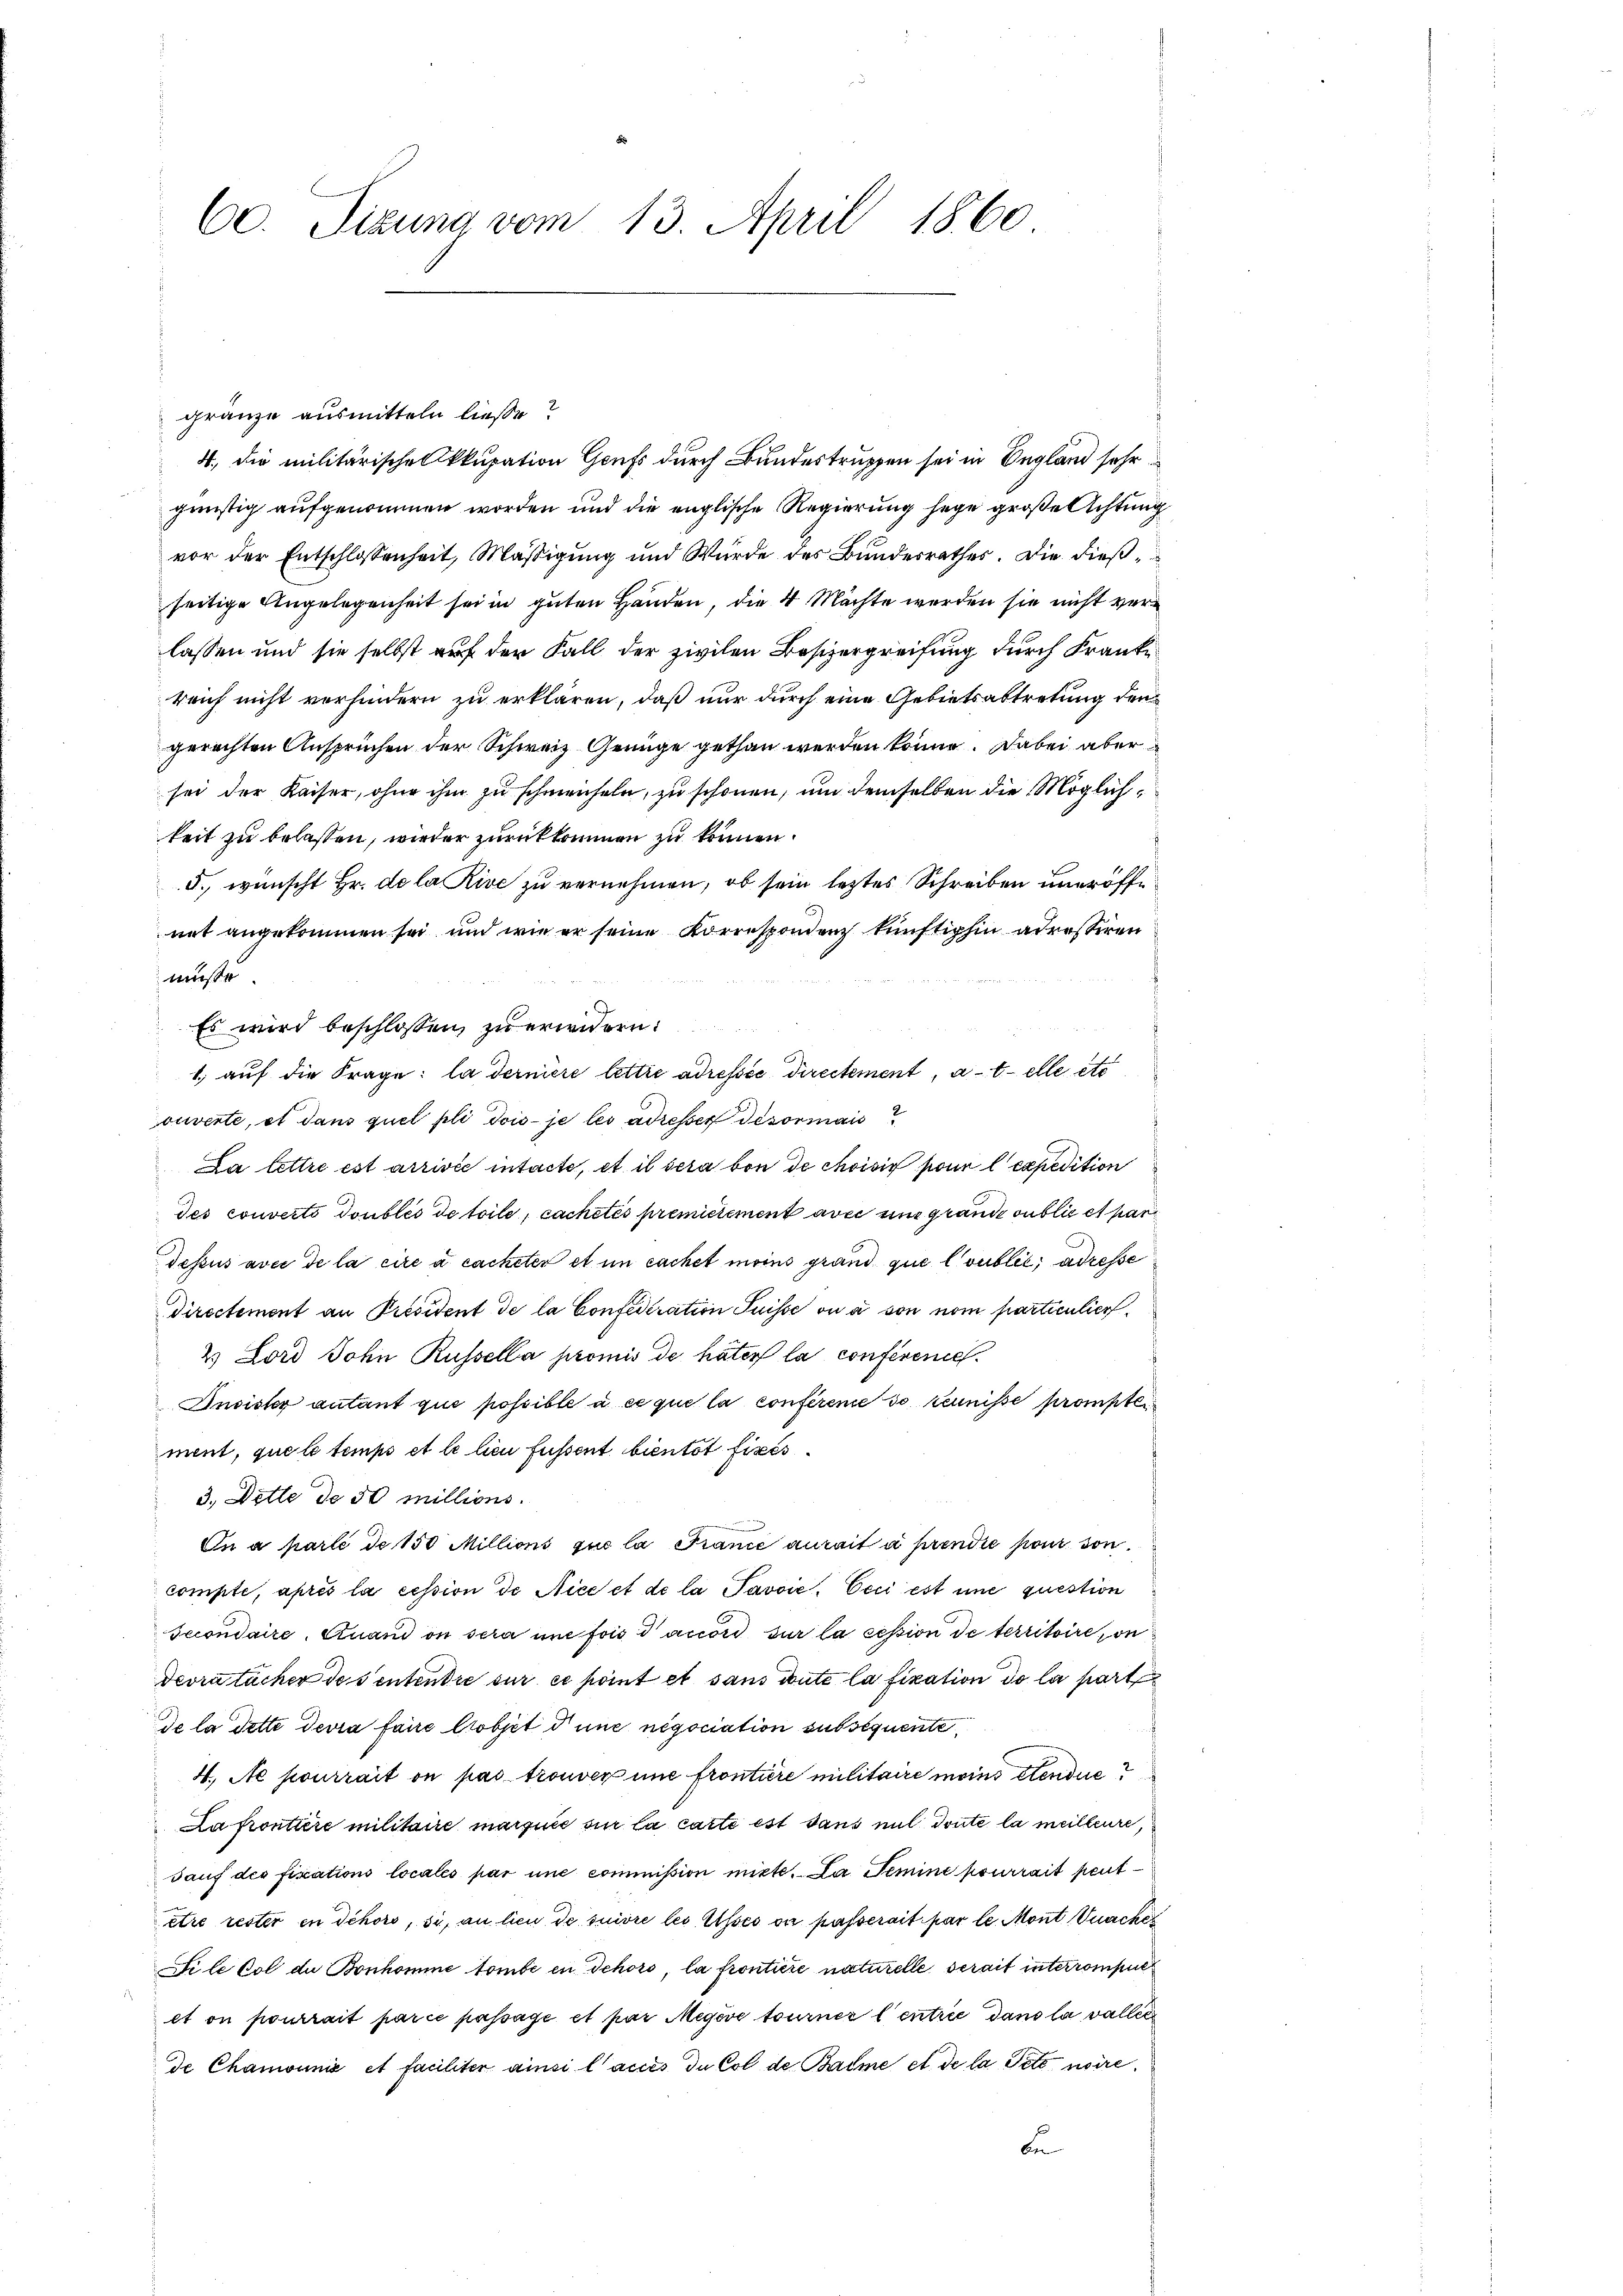
60. Sizung vom 13. April 1860

gränze ausmitteln ließe?
4., die militärische Okkupation Genf durch Bundestruppen sei in England sehr
günstig aufgenommen worden und die englische Regierung hege große Achtung
vor der Entschlossenheit, Mäßigung und Würde des Bundesrathes. Die dießseitige Angelegenheit sei in guten Handen, die 4 Mächte werden sie nicht ver
lassen und sie selbst auf der Fall der zivilen Besizergreifung durch Franke
reich nicht verhindern zu erklären, daß nur durch eine Gebietsabtretung den
gerechten Anspruchen der Schweiz Genüge gethan werden könne. Dabei aber
sei der Kaiser, ohne ihm zu schmeicheln, zu schönen, um demselben die Möglichkeit zu belassen, wieder zurückkommen zu können.
d. wünscht Hr. de la Rive zu vernehmen, ob sein letztes Schreiben uneröffe
net angekommen sei und wie er seine Korrespondenz künftighin adressiren
müße
Es wird beschlossen, zu erwidern:
1. auf die Frage: la dernière lettre adressée Directement, atelle etc
ouverte, et dans quel pli dois je les adresser devormais
La lettre est arrivée intacte, et il sera von de choisis pour lexpedition
des couverte doubles de toile, cachetés premittement avec mit grandoublic et par
dessus avec de la cire à cacheter et im cachet moins grand que loubles, adresse
directement an Président de la Confederation Suisse ou à son nom particulier
2. Lord John Russella promis de hater la conferenie
Insister autant qui possible à ce que la conferene so kennisse prompten
ment, que le temps et le lieu fussent bientot fixes¬
3., Dette de 30 Millions.
On a parlé de 150 Millions que la France aurait à prendie kam soncompte, après la cession de Nice et de la Pavvić, Ecci est une question
Secondaire, Quand on sera une fois d’accord sur la cession de territoire, on
Devrutacher des entendre sur ce point et sans deute la fikation de la part
de la dette devra faire Ctobjet d une negociation subsequente
4. Ne pourrait on pas trouver une frontiere militaire moins etendire
La frontiere militaire marquée sur la carte est sans mit Toute la meilleure,
sauf des Fiscations locales par une commission mitte. Da Semine pourrait peut
etre rester in Schors, si, an lieu de suivre les Asses on passerait par le. Mont durcher
Fi le col du Bonkomme tombe en Schors, la frontiere naturelle verait interrompue
et on pourrait parce passage et par Megéve tourner l’entrie dans la valler
de Chamonnie et faciliter ainsi laues du Col de Baume et de la Petensire
b